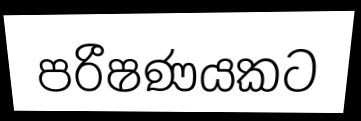
පරීෂණයකට